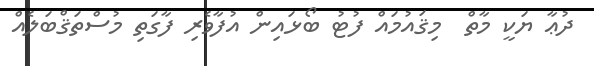
ދުޢާ ޔަކީ މާތް  މިޤައުމައް ފުޓު ބޯޅައިން އުފާވެރި ފާގަތި މުސްތަޤްބަލެއް